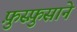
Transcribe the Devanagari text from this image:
फ़ुस्फ़ुसाने